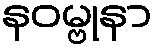
နဝမ္ဗုနာ